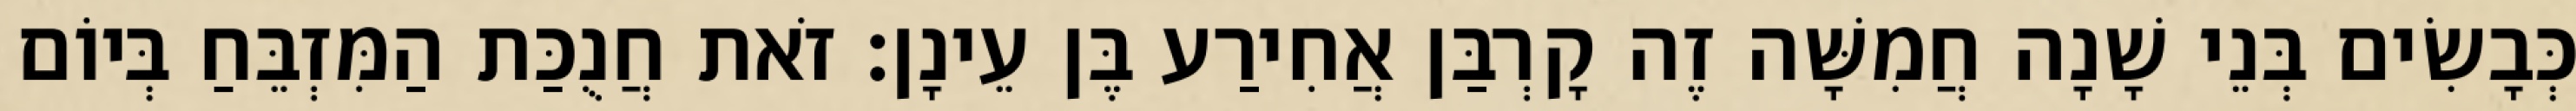
כְּבָשִׂים בְּנֵי שָׁנָה חֲמִשָּׁה זֶה קָרְבַּן אֲחִירַע בֶּן עֵינָן׃ זֹאת חֲנֻכַּת הַמִּזְבֵּחַ בְּיוֹם